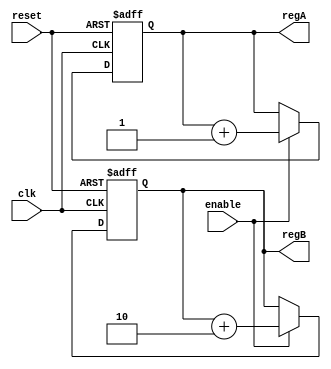
module ParameterFocusedInit #(
    parameter INIT_VALUE_A = 8'h00, // Default initialization value for register A
    parameter INIT_VALUE_B = 16'h0000 // Default initialization value for register B
)(
    input wire clk,         // Clock signal
    input wire reset,       // Reset signal
    input wire enable,      // Enable signal for core functionality
    output reg [7:0] regA,  // Internal register A
    output reg [15:0] regB   // Internal register B
);

    // Initialization block
    initial begin
        regA = INIT_VALUE_A; // Initialize regA with parameter value
        regB = INIT_VALUE_B; // Initialize regB with parameter value
    end

    // Sequential logic for resetting and core functionality
    always @(posedge clk or posedge reset) begin
        if (reset) begin
            regA <= INIT_VALUE_A; // Reset regA
            regB <= INIT_VALUE_B; // Reset regB
        end else if (enable) begin
            // Example core functionality
            regA <= regA + 1; // Increment regA on every clock cycle
            regB <= regB + 2; // Increment regB by 2 on every clock cycle
        end
    end

endmodule